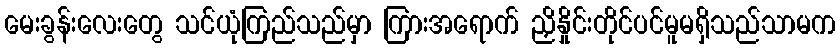
မေးခွန်းလေးတွေ သင်ယုံကြည်သည်မှာ ကြားအရောက် ညှိနှိုင်းတိုင်ပင်မူမရှိသည်သာမက